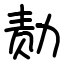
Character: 𪟝